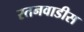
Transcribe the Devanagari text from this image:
रतनवाडीस